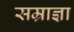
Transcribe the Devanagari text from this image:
सम्राज्ञा